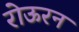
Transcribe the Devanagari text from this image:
रोऊरन